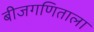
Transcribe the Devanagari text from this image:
बीजगणिताला